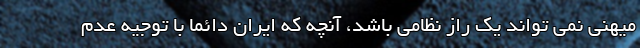
میهنی نمی تواند یک راز نظامی باشد، آنچه که ایران دائما با توجیه عدم